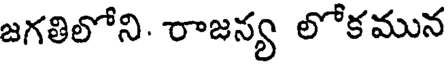
జగతిలోని. రాజన్య లోకమున